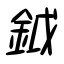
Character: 鉞